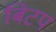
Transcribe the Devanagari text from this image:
बिटप